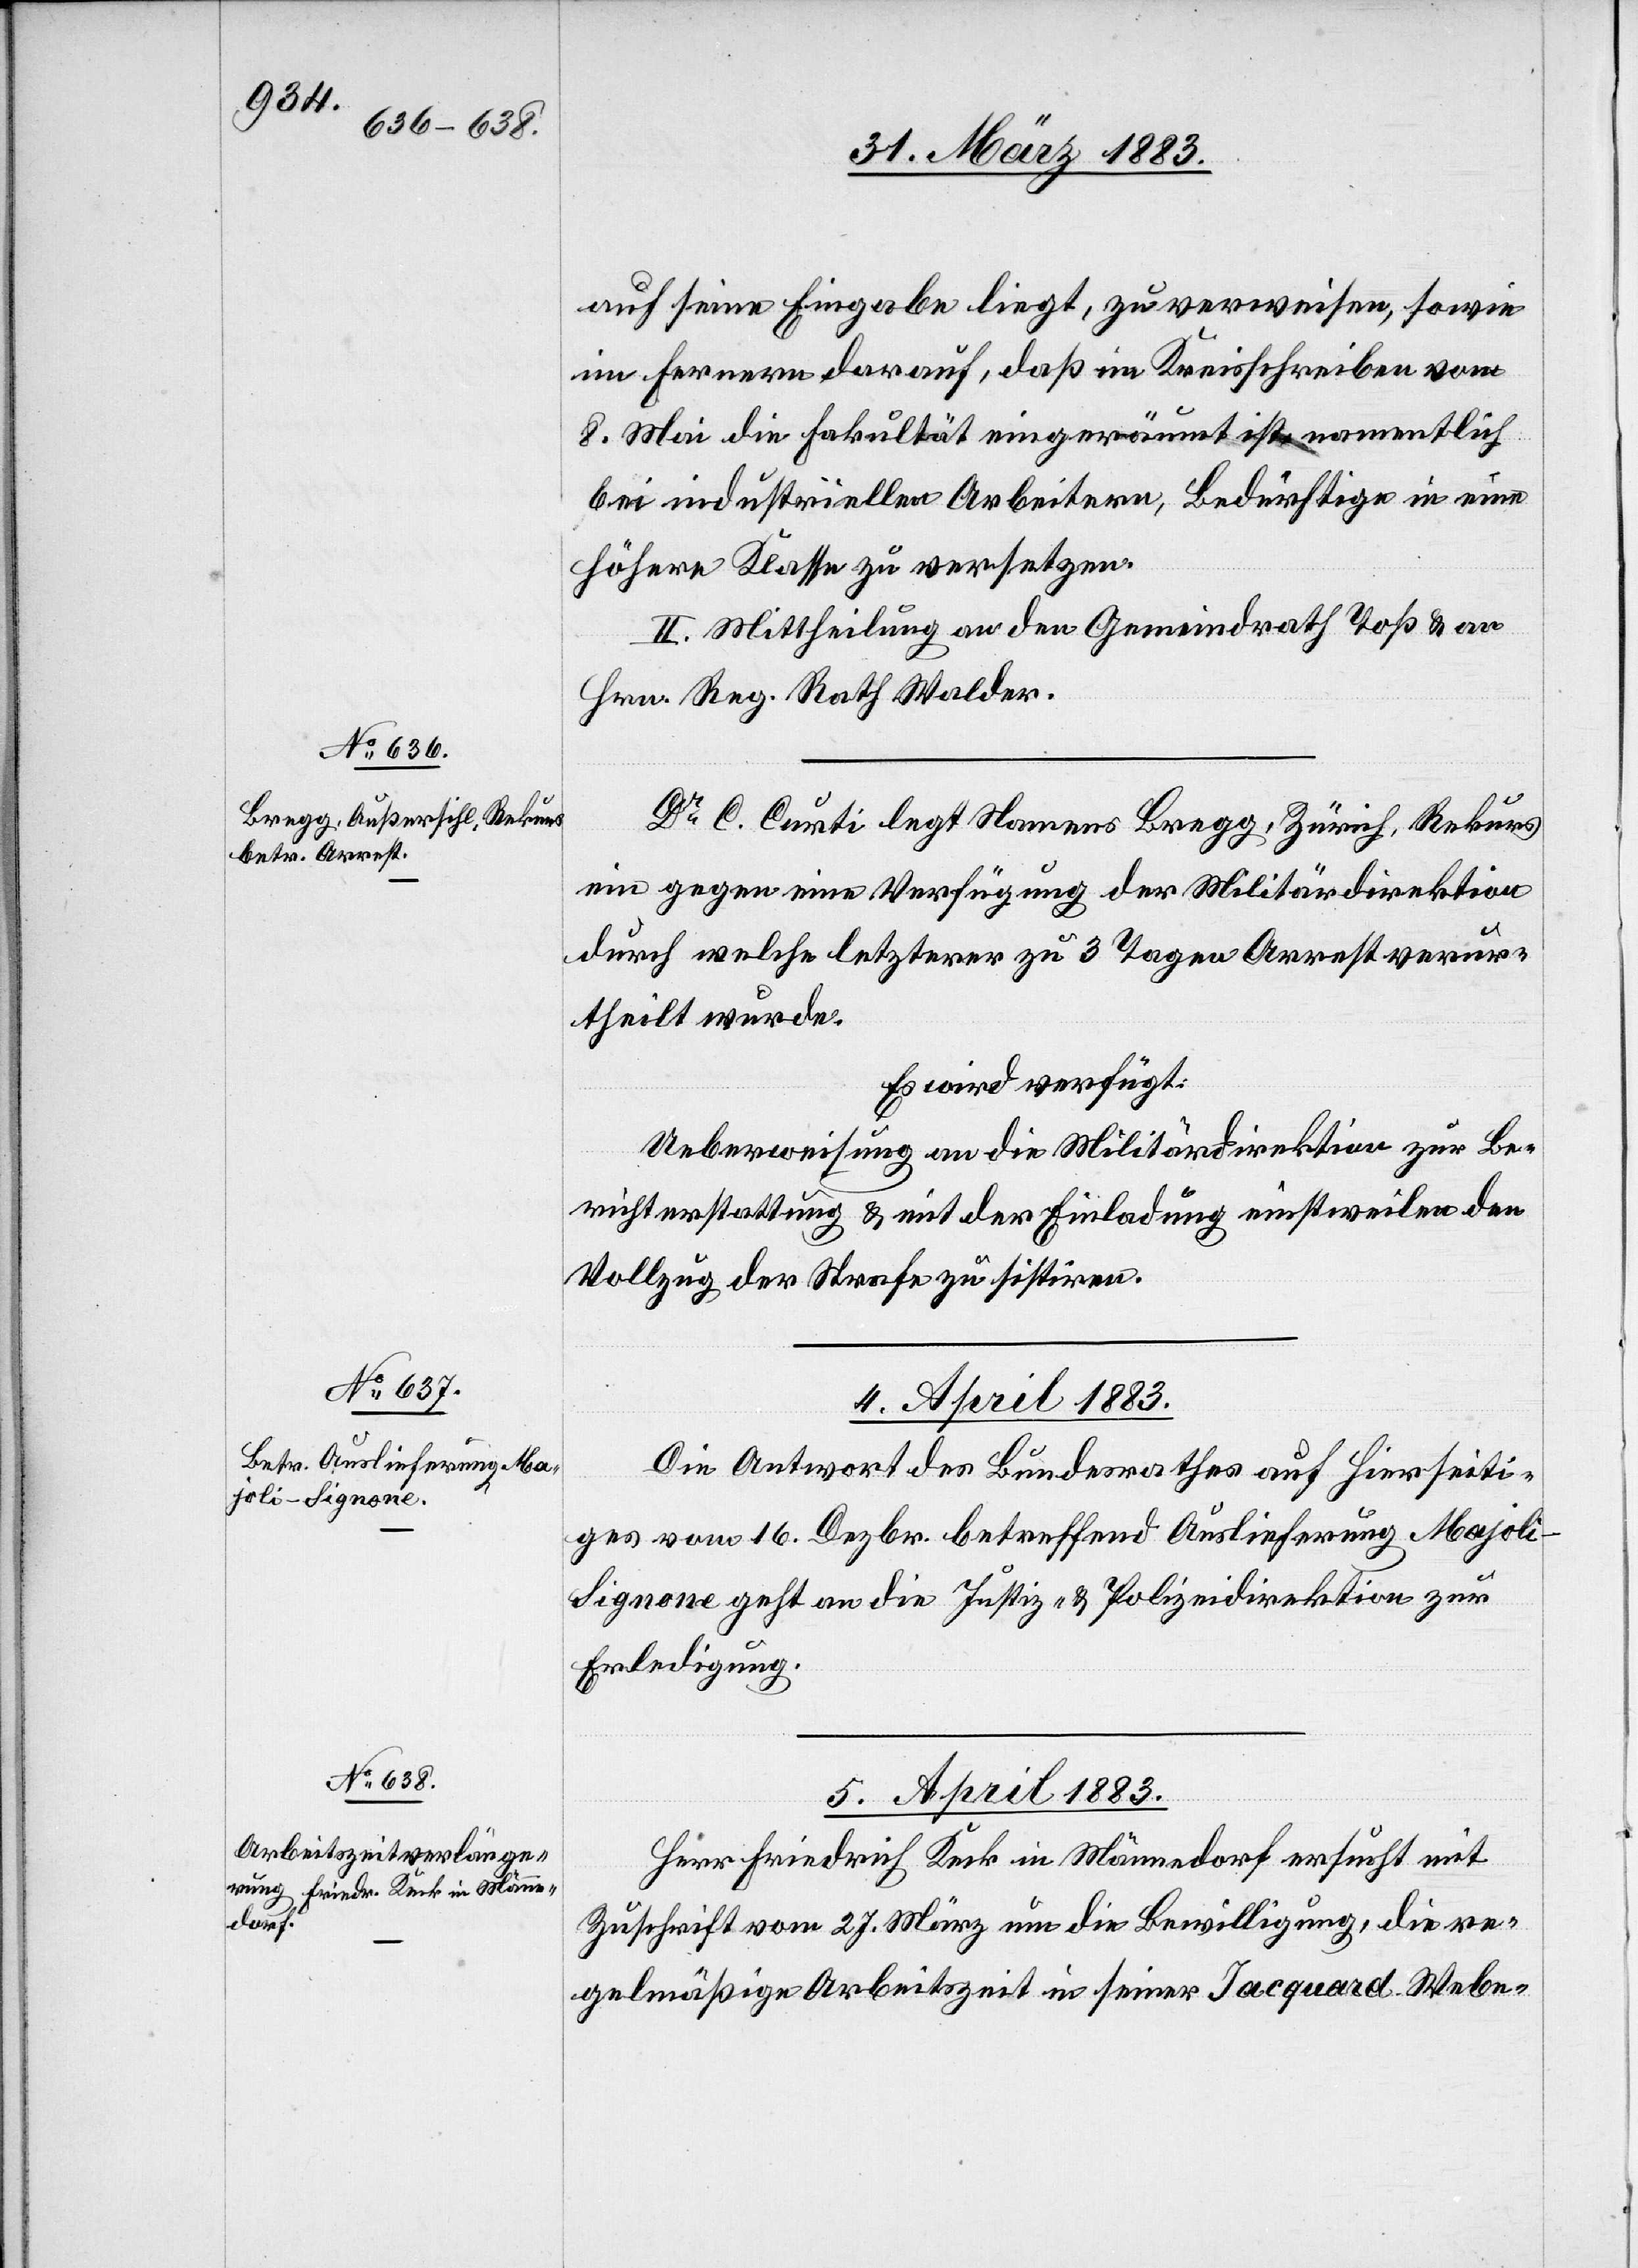
auf seine Eingabe liegt, zu verweisen, sowie
im Fernern darauf, daß im Kreisschreiben vom
8. Mai die Fakultät eingeräumt ist, namentlich
bei industriellen Arbeitern, Bedürftige in eine
höhere Klasse zu versetzen.
II. Mittheilung an den Gemeindrath Toß [sic!] & an
Hrn. Reg. Rath Walder.
Dr C. Curti legt Namens Bregg, Zürich, Rekurs
ein gegen eine Verfügung der Militärdirektion
durch welche letzterer zu 3 Tagen Arrest verur¬
theilt wurde.
Es wird verfügt:
Ueberweisung an die Militärdirektion zur Be¬
richterstattung & mit der Einladung einstweilen den
Vollzug der Strafe zu sistiren.
4. April 1883.
Die Antwort des Bundesrathes auf Hierseiti¬
ges vom 16. Dezbr. betreffend Auslieferung Majoli-S¬
ignone geht an die Justiz- & Polizeidirektion zur
Erledigung.
5. April 1883.
Herr Friedrich Keck in Männedorf ersucht mit
Zuschrift vom 27. März um die Bewilligung, die re¬
gelmäßige Arbeitszeit in seiner Jacquard Webe-